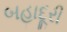
બહાદૂરી